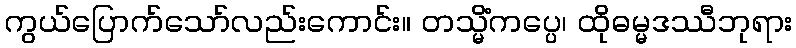
ကွယ်ပြောက်သော်လည်းကောင်း။ တသ္မိံကပ္ပေ၊ ထိုဓမ္မဒဿီဘုရား